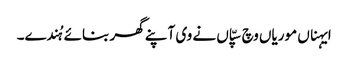
ایہناں موریاں وچ سپّاں نے وی آپنے گھر بنائے ہُندے۔